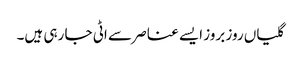
گلیاں روز بروز ایسے عناصر سے اٹی جا رہی ہیں۔